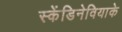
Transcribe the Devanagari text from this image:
स्केंडिनेवियाके